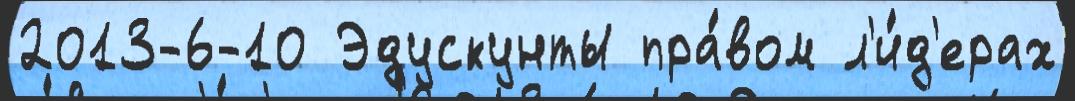
2013-6-10 Эдускунты пра́вом л'и́д'ерах